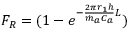
\begin{array} { r } { F _ { R } = ( 1 - e ^ { - \frac { 2 { \pi r } _ { 1 } h } { { \dot { m } } _ { a } C _ { a } } L } ) } \end{array}